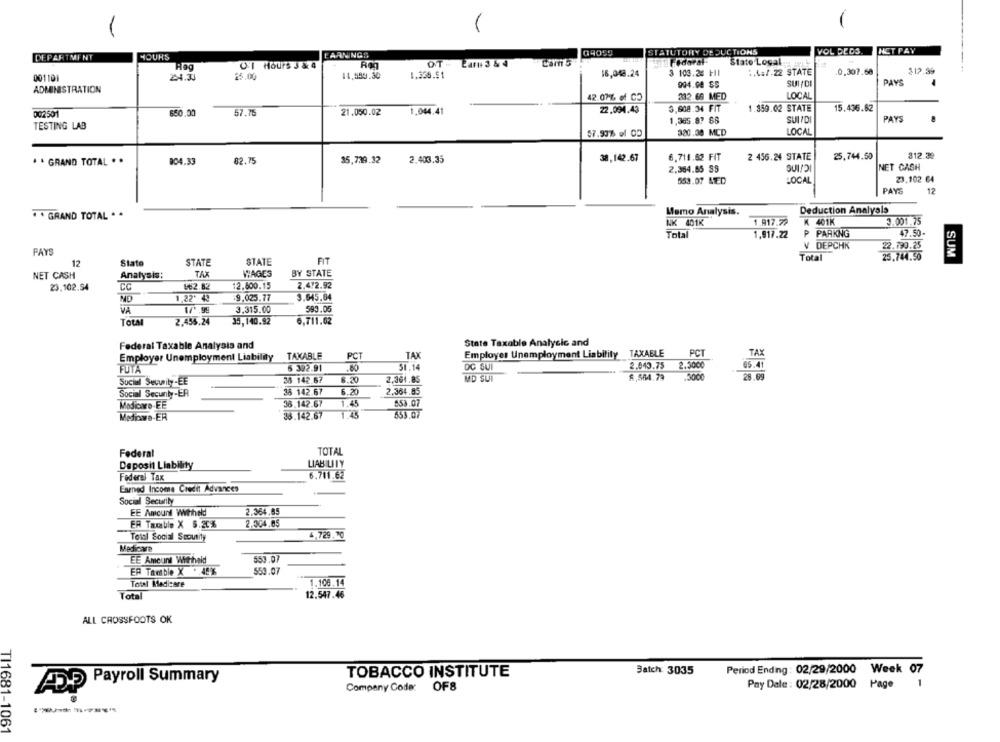
09059
STATUTORY DEDUCTIONS
VOL BEDS.
HET PAY
DEPARTMENT
HOURS
EARNINGS
Hag
CI Hours 3 & 4
DT - La# 3 &4
Cam 5
Adaral
State Logal
25.00
14.559.30
1.336.51
16,048.24
3 103.25 +I
:. 47.22 STATE
0.307.68
312.39
001101
24.3
PAYS
ADMINISTRATION
904.00 SS
SUI/DE
42.07% of CO
232.66 MED
LOCAL
$50.00
57.76
21.050.02
1.044.41
22.094.43
3,608.34 FIT
1.359.02 STATE
15.436.62
002501
1,365.87 66
SUI/DI
PAYS
TESTING LAB
57.9976 of CO
320.00 MCD
LOCAL
6,711.62 FIT
2 456.24 STATE
25,744.50
312.32
. . GRAND TOTAL . .
904.33
82.75
35,739.32
2.403.35
38,142.67
2,364.65 SS
SUIPOI
NET CASH
LOCAL
23.102 €4
553.07 MED
PAYS
12
. GRAND TOTAL * *
Memo Analysis.
Deduction Analysis
NK 401K
1.817.72
K 401K
3.001.75
Total
1,917.22
P PARKNG
47.50-
V DEPCHK
22.790.25
PAYS
FIT
Total
25,744.56
SUM
12
State
STATE
STATE
NET CASH
Analysis:
TAX
WAGES
BY STATE
23.102.54
CC
₡62.82
12.800.15
2.472.92
1,22' 49
9.025.77
3.645,64
NO
VA
3.315.00
593.05
Total
2.455.24
35,140.92
6,711.62
State Taxable Analycic and
Federal Taxable Analysis and
Employer Unemployment Liability
TAKABLE
PCT
TAX
Employer Unemployment Liability TAXABLE
PCT
TAX
05.41
FUTA
5 392.91
80
50.14
DC SUI
2.643.75 2.5000
38 142.67
8.20
2,361.85
MD SUI
8,564.79
3000
28.69
Social Security-EE
Social Secunty-ER
38 142.67
6.20
2.364.85
Modicare-EE
36.142.67
1.45
553.07
38.142.67
1.43
653.07
Mediawe-ER
Federal
TOTAL
Deposit Liability
LIABILITY
6.711.62
Federal Tax
Earned Income Credit Advances
Social Security
EE Amount Whheld
2.364.85
ER Tacble X 5.20%
2.304.85
4,729.70
Total Social Scoutity
Medicare
EE Amount Withheld
553.07
EP Taet ble X * 45%
559.07
Total Medicare
1.106.14
Total
12.547.46
ALL CROSSFOOTS OK
Period Ending : 02/29/2000 Week 07
TOBACCO INSTITUTE
Batch: 3035
Payroll Summary
1
Company Code: OF8
Pay Dale : 02/28/2000 Page
TI1681-1061